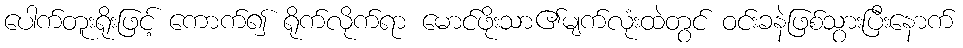
ပေါက်တူးရိုးဖြင့် ကောက်၍ ရိုက်လိုက်ရာ မောင်ဖိုးသာ၏မျက်လုံးထဲတွင် ဝင်းခနဲဖြစ်သွားပြီးနောက်